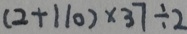
( 2 + 1 1 0 ) \times 3 7 \div 2